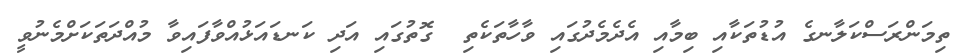
ތިމަންރަސްކަލާނގެ އުޑުތަކާއި ބިމާއި އެދެމެދުގައި ވާހާތަކެތި  ގޮތުގައި އަދި ކަނޑައަޅުއްވާފައިވާ މުއްދަތަކަށްމެނުވީ